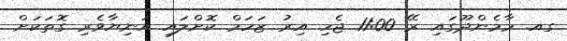
ގއ. މާމެންދޫގައި ރޭ 11:00 ޖެހި އިރު ޒަހަމް ކޮށްލައި އަނިޔާވެރި ގޮތަކަށް